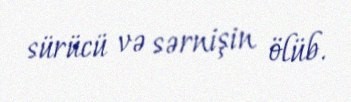
sürücü və sərnişin ölüb.